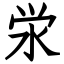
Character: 泶